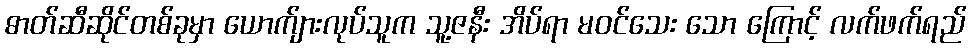
ဓာတ်ဆီဆိုင်တစ်ခုမှာ ယောက်ျားလုပ်သူက သူ့ဇနီး အိပ်ရာ မဝင်သေး သော ကြောင့် လက်ဖက်ရည်